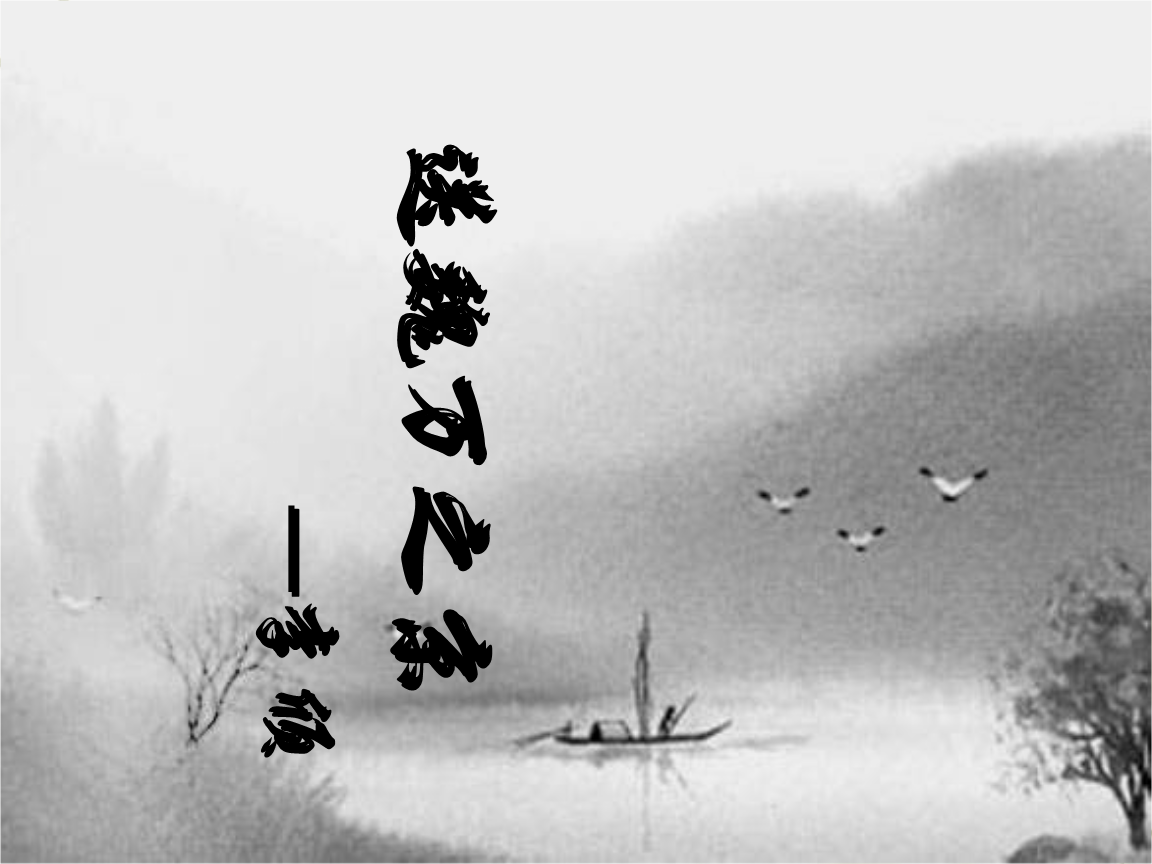
莫见长安行乐处，空令岁月易蹉跎。